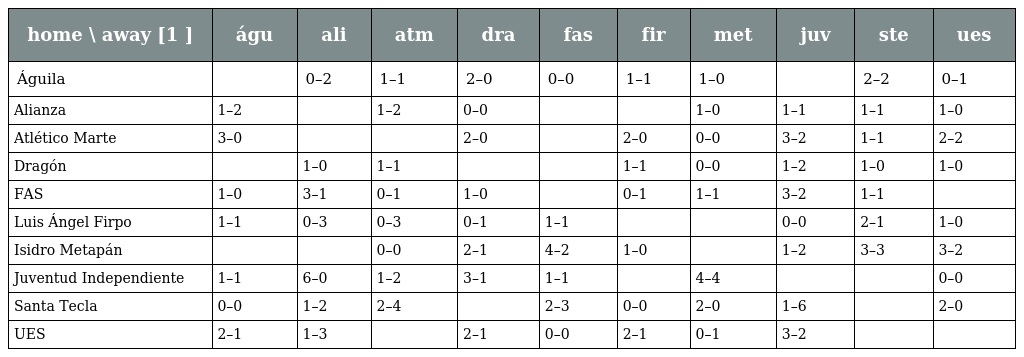
| home \ away [1 ] | águ | ali | atm | dra | fas | fir | met | juv | ste | ues |
 | --- | --- | --- | --- | --- | --- | --- | --- | --- | --- | --- |
 | Águila |  | 0–2 | 1–1 | 2–0 | 0–0 | 1–1 | 1–0 |  | 2–2 | 0–1 |
 | Alianza | 1–2 |  | 1–2 | 0–0 |  |  | 1–0 | 1–1 | 1–1 | 1–0 |
 | Atlético Marte | 3–0 |  |  | 2–0 |  | 2–0 | 0–0 | 3–2 | 1–1 | 2–2 |
 | Dragón |  | 1–0 | 1–1 |  |  | 1–1 | 0–0 | 1–2 | 1–0 | 1–0 |
 | FAS | 1–0 | 3–1 | 0–1 | 1–0 |  | 0–1 | 1–1 | 3–2 | 1–1 |  |
 | Luis Ángel Firpo | 1–1 | 0–3 | 0–3 | 0–1 | 1–1 |  |  | 0–0 | 2–1 | 1–0 |
 | Isidro Metapán |  |  | 0–0 | 2–1 | 4–2 | 1–0 |  | 1–2 | 3–3 | 3–2 |
 | Juventud Independiente | 1–1 | 6–0 | 1–2 | 3–1 | 1–1 |  | 4–4 |  |  | 0–0 |
 | Santa Tecla | 0–0 | 1–2 | 2–4 |  | 2–3 | 0–0 | 2–0 | 1–6 |  | 2–0 |
 | UES | 2–1 | 1–3 |  | 2–1 | 0–0 | 2–1 | 0–1 | 3–2 |  |  |